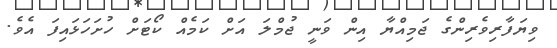
ވިޔަފާރިވެރިންގެ ޖަމިއްޔާ އިން ވަނީ ޖުމްލަ އަށް ކަމެއް ކޯޓަށް ހުށަހަޅައިފަ އެވެ.